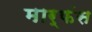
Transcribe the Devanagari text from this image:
मार्फंस